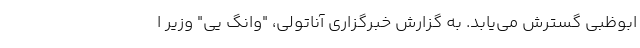
ابوظبی گسترش می‌یابد. به گزارش خبرگزاری آناتولی، "وانگ یی" وزیر ا